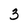
Character: 3